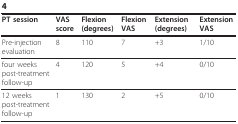
| PT session | VAS score | Flexion (degrees) | Flexion VAS | Extension (degrees) | Extension VAS |
 | --- | --- | --- | --- | --- | --- |
 | Pre-injection evaluation | 8 | 110 | 7 | +3 | 1/10 |
 | four weeks post-treatment follow-up | 4 | 120 | 5 | +4 | 0/10 |
 | 12 weeks post-treatment follow-up | 1 | 130 | 2 | +5 | 0/10 |